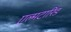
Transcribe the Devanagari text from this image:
एल्मटारिड